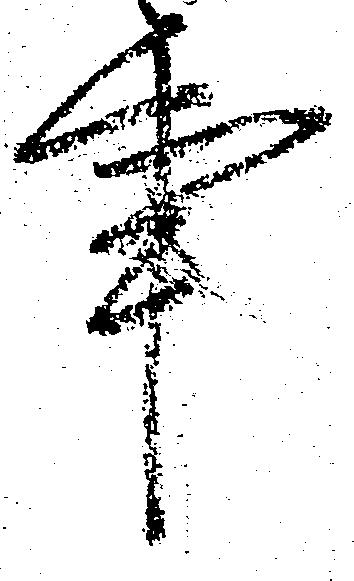
事